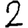
Digit: 2